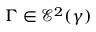
\Gamma \in \mathcal { E } ^ { 2 } ( \gamma )